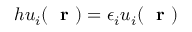
h u _ { i } ( \mathrm { ~ \bf ~ r ~ } ) = \epsilon _ { i } u _ { i } ( \mathrm { ~ \bf ~ r ~ } )